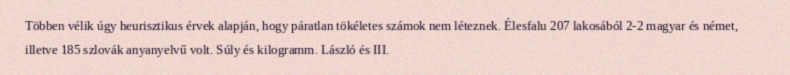
Többen vélik úgy heurisztikus érvek alapján, hogy páratlan tökéletes számok nem léteznek. Élesfalu 207 lakosából 2-2 magyar és német, illetve 185 szlovák anyanyelvű volt. Súly és kilogramm. László és III.